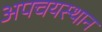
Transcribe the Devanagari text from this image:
अपचयस्थान